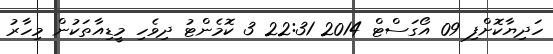
ހަދިޔާކޮށްފި 09 އޯގަސްޓް 2014 22:31 3 ކޮމެންޓު ދިވެހި މީޑިއާތަކުން މިހާރު